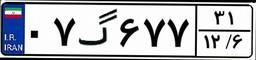
۰۷گ۶۷۷۳۱